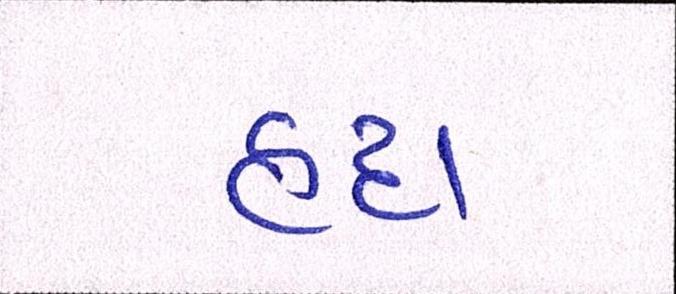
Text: હૃદા